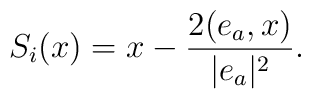
S_{i}(x) = x - \frac{2(e_{a},x)}{|e_{a}|^{2}}.